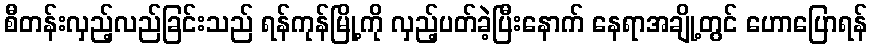
စီတန်းလှည့်လည်ခြင်းသည် ရန်ကုန်မြို့ကို လှည့်ပတ်ခဲ့ပြီးနောက် နေရာအချို့တွင် ဟောပြောရန်